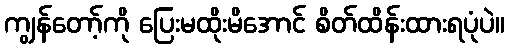
ကျွန်တော့်ကို ပြေးမထိုးမိအောင် စိတ်ထိန်းထားရပုံပဲ။